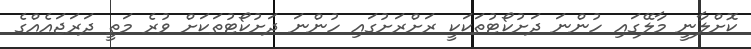
ކޮށްލާނީ މާލޭގައި ހުންނަ ދަށުކޯޓުތަކަކީ ރަށްރަށުގައި ހުންނަ ދަށުކޯޓުތަކަށް ވުރެ މަތީ ދަރަޖައެއްގެ